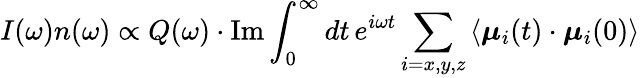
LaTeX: I(\omega)n(\omega)\propto Q(\omega)\cdot\mathrm{Im}\int_{0}^{\infty}dt\, e^{i\omega t}\sum_{i=x,y,z}\left\langle\boldsymbol{\mu}_{i}(t)\cdot{\boldsymbol{\mu}_{i}}(0)\right\rangle